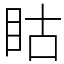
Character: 䀦